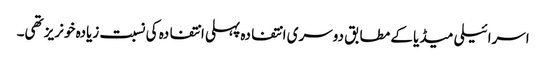
اسرائیلی میڈیا کے مطابق دوسری انتفادہ پہلی انتفادہ کی نسبت زیادہ خونریز تھی۔